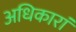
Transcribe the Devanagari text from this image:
अधिकारां